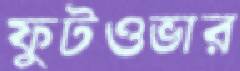
ফুটওভার